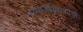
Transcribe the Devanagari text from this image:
समाजशिक्षकाची